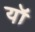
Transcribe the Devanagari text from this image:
यॉ